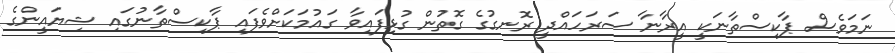
ނަމަވެސް ޕާކިސްތާނަކީ އީރާނާ ސަރަހައްދީ ރޮނގުގެ ގޮތުން ގުޅިފައިވާ ގައުމަކަށްވެފައި ޕާކިސްތާނުގައި ޝިޔައީންގެ